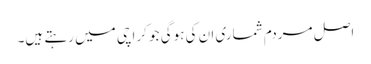
اصل مردم شماری ان کی ہوگی جو کراچی میں رہتے ہیں۔